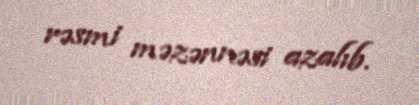
rəsmi məzənnəsi azalıb.